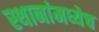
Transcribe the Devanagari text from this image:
स्थानांमध्येच